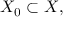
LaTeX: X _ { 0 } \subset X ,